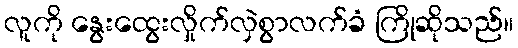
လူကို နွေးထွေးလှိုက်လှဲစွာလက်ခံ ကြိုဆိုသည်။